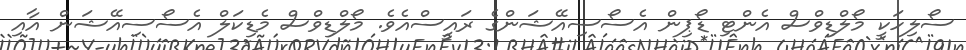
ސޯލިހަކީ މޯލްޑިވްސް އެންޓި ޑޯޕިން އެސޯސިއޭޝަންގެ ރައީސްއެވެ. މޯލްޑިވްސް މެޑިކަލް އެސޯސިއޭޝަން އާއި